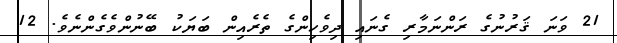
21 ވަނަ ޤަރުނުގެ ރަންނަމާރި ގެނައި ދިވެހިންގެ ތެރެއިން ބަޔަކު ބޭނުންވެގެންނެވެ. 12